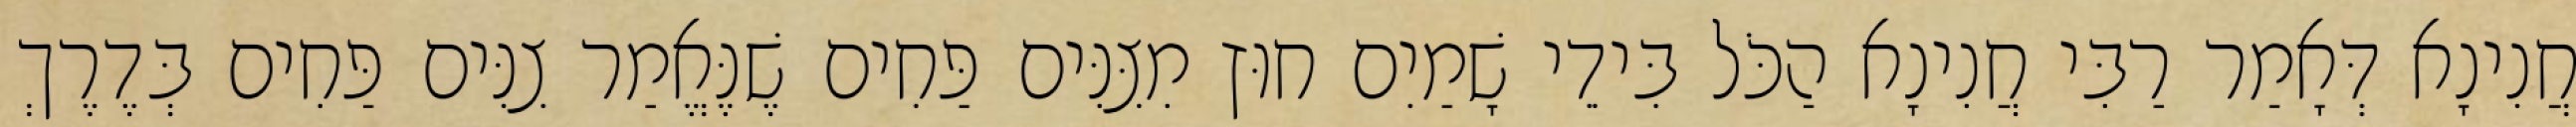
חֲנִינָא דְּאָמַר רַבִּי חֲנִינָא הַכֹּל בִּידֵי שָׁמַיִם חוּץ מִצִּנִּים פַּחִים שֶׁנֶּאֱמַר צִנִּים פַּחִים בְּדֶרֶךְ